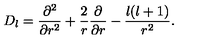
D _ { l } = { \frac { \partial ^ { 2 } } { \partial r ^ { 2 } } } + { \frac { 2 } { r } } { \frac { \partial } { \partial r } } - { \frac { l ( l + 1 ) } { r ^ { 2 } } } .